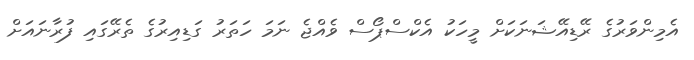
އެމިންވަރުގެ ރޭޑިއޭޝަނަކަށް މީހަކު އެކްސްޕޯސް ވެއްޖެ ނަމަ ހަތަރު ގަޑިއިރުގެ ތެރޭގައި ފުރާނައަށް